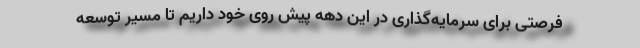
فرصتی برای سرمایه‌گذاری در این دهه پیش روی خود داریم تا مسیر توسعه